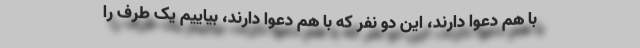
با هم دعوا دارند، این دو نفر که با هم دعوا دارند، بیاییم یک طرف را